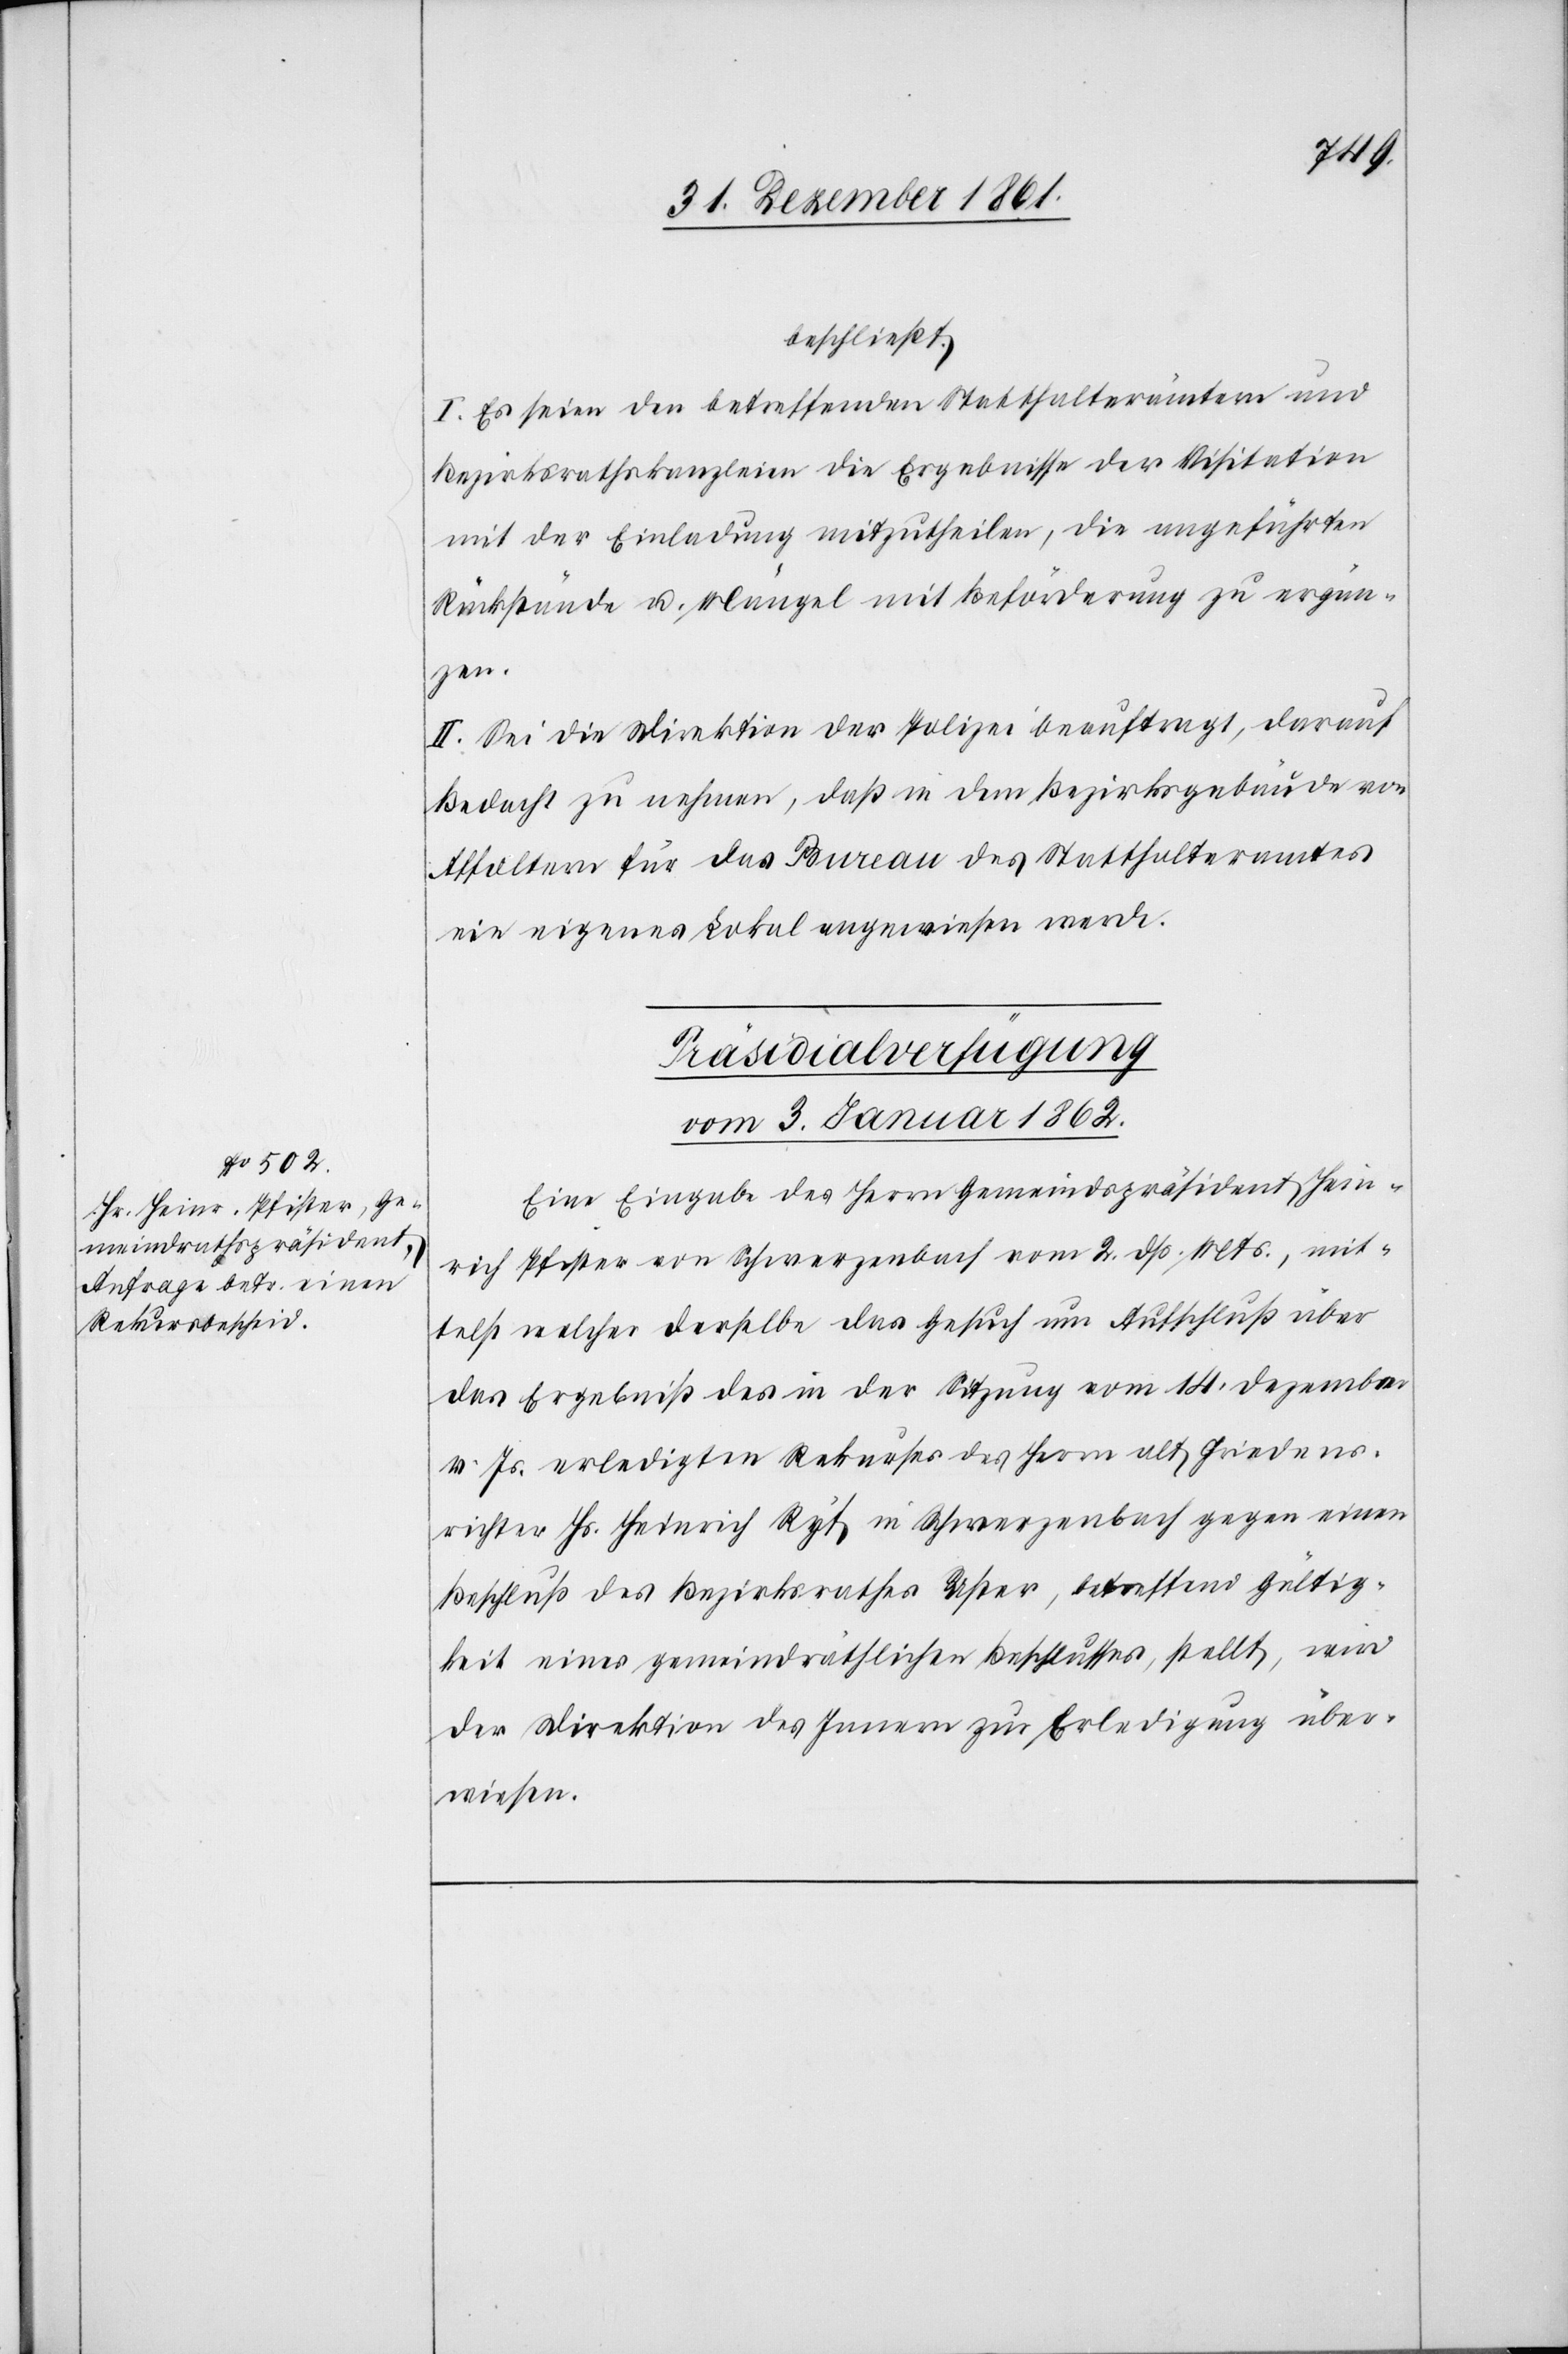
beschließt:
I. Es seien den betreffenden Statthalterämtern und
Bezirksrathskanzleien die Ergebnisse der Visitation
mit der Einladung mitzutheilen, die angeführten
Rückstände u. Mängel mit Beförderung zu ergän¬
zen.
II. Sei die Direktion der Polizei beauftragt, darauf
Bedacht zu nehmen, daß in dem Bezirksgebäude von
Affoltern für das Bureau des Statthalteramtes
ein eigenes Lokal angewiesen werde.
Präsidialverfügung.
vom 3. Januar 1862.
Eine Eingabe des Herrn Gemeindspräsidenten Hein¬
rich Pfister von Schwerzenbach vom 2 dss. Mts., mit¬
telst welcher derselbe das Gesuch um Aufschluß über
das Ergebniß des in der Sitzung vom 14 Dezember
v. Js. erledigten Rekurses des Herrn alt Friedens¬
richters Hs. Heinrich Ryf in Schwerzenbach gegen einen
Beschluß des Bezirksrathes Uster, betreffend Gültig¬
keit eines gemeindräthlichen Beschlusses, stellt, wird
der Direktion des Innern zur Erledigung über¬
wiesen.